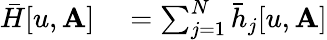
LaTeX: \begin{array}{rl}{\bar{H}[u,\mathbf{A}]}&{{}=\sum_{j=1}^{N}\bar{h}_{j}[u,\mathbf{A}]}\end{array}